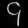
Digit: ၄